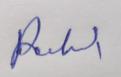
Signature authenticity: genuine